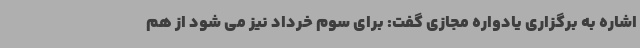
اشاره به برگزاری یادواره مجازی گفت: برای سوم خرداد نیز می شود از هم